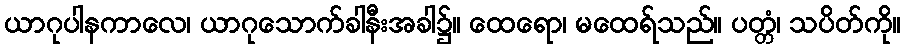
ယာဂုပါနကာလေ၊ ယာဂုသောက်ခါနီးအခါ၌။ ထေရော၊ မထေရ်သည်။ ပတ္တံ၊ သပိတ်ကို။